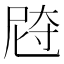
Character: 𰍼